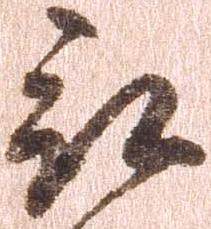
被